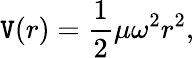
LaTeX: \mathtt{V}(r)={\frac{{1}}{{2}}}\mu\omega^{2}r^{2},